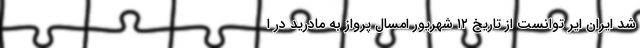
شد ایران ایر توانست از تاریخ ۱۲ شهریور امسال پرواز به مادرید در ا